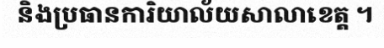
និងប្រធានការិយាល័យសាលាខេត្ត ។